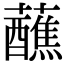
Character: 蘸